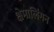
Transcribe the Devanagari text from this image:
क्षेमालिंगन